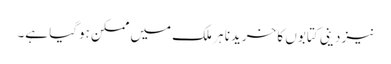
نیز دینی کتابوں کا خریدنا ہر ملک میں ممکن ہوگیا ہے۔